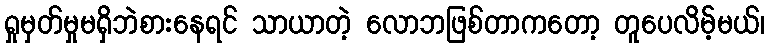
ရှုမှတ်မှုမရှိဘဲစားနေရင် သာယာတဲ့ လောဘဖြစ်တာကတော့ တူပေလိမ့်မယ်၊